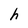
Character: h